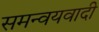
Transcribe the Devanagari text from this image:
समन्‍वयवादी